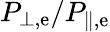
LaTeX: {P_{\bot,\mathrm{e}}}/{P_{\parallel,\mathrm{e}}}